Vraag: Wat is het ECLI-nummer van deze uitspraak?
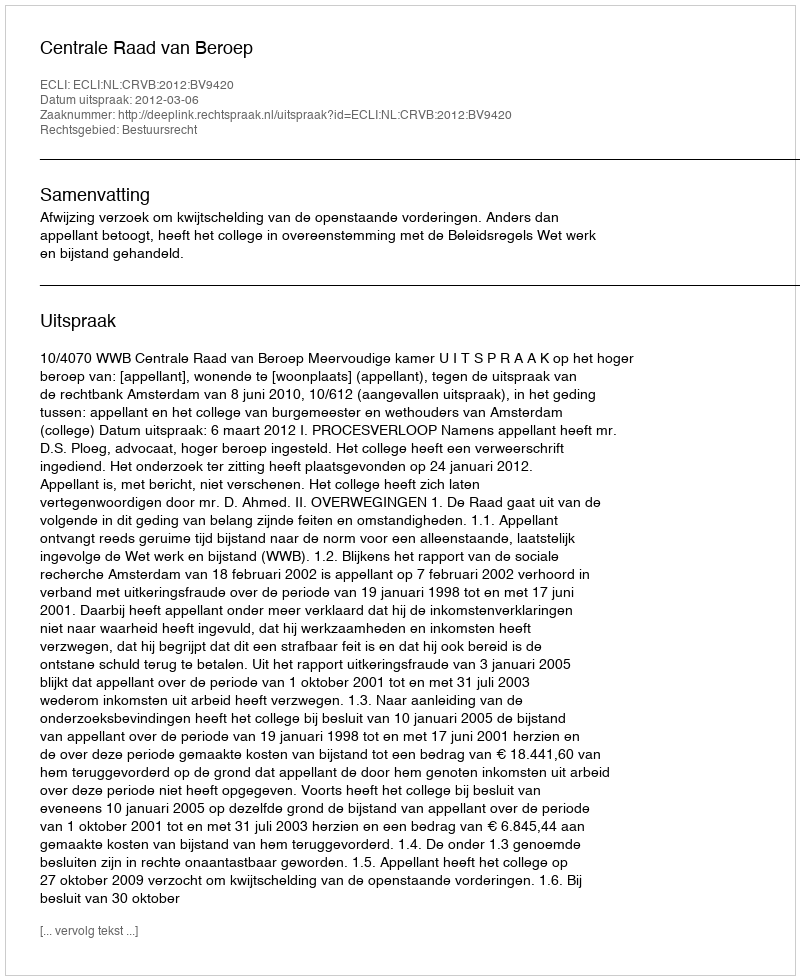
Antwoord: ECLI:NL:CRVB:2012:BV9420